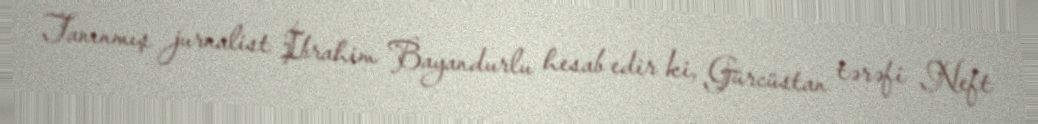
Tanınmış jurnalist İbrahim Bayandurlu hesab edir ki, Gürcüstan tərəfi Neft